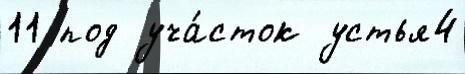
11 под уча́сток устья4